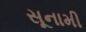
સૂનામી